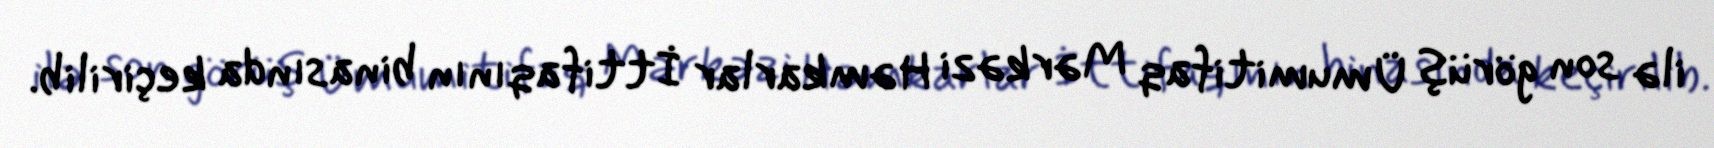
ilə son görüş Ümumitifaq Mərkəzi Həmkarlar İttifaqının binasında keçirilib.